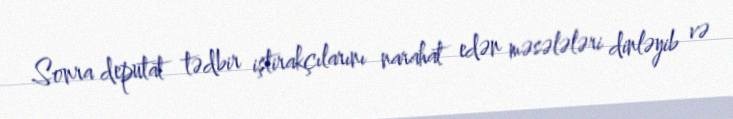
Sonra deputat tədbir iştirakçılarını narahat edən məsələləri dinləyib və